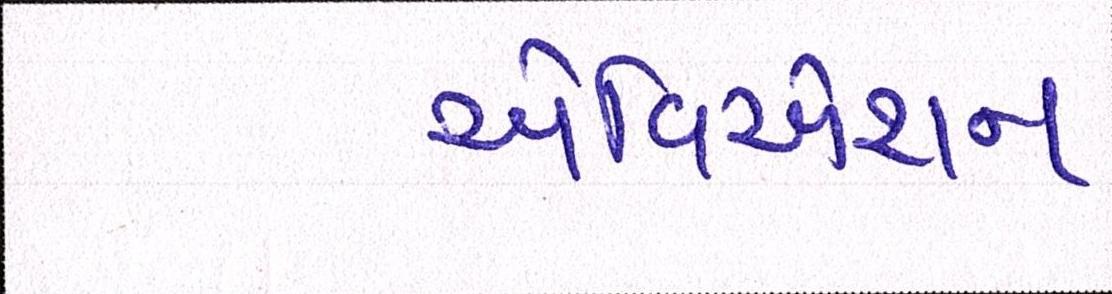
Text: એવિએશન